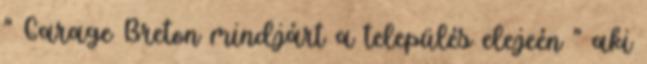
" Garage Breton mindjárt a település elejeén " aki